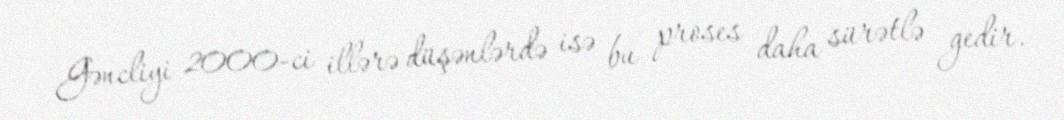
Gəncliyi 2000-ci illərə düşənlərdə isə bu proses daha sürətlə gedir.